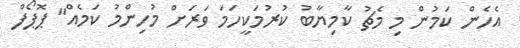
އެހެން ކަމުން މި މެޗު ކާމިޔާބު ކުރުމަކީހަމަ ވަރަށް މުހިންމު ކަމެއް" ޕޮޕޯފް